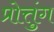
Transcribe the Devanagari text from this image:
प्रोत्तुंग